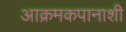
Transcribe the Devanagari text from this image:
आक्रमकपानाशी